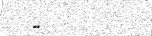
-